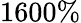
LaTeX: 1600\%